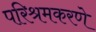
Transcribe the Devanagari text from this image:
परिश्रमकरणे